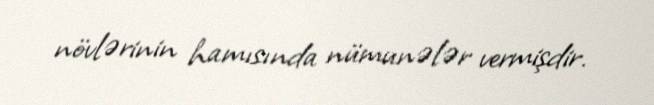
növlərinin hamısında nümunələr vermişdir.